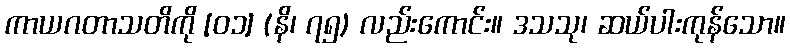
ကာယဂတာသတိကို [၀၁] (နိ၊ ၇၅) လည်းကောင်း။ ဒသသု၊ ဆယ်ပါးကုန်သော။